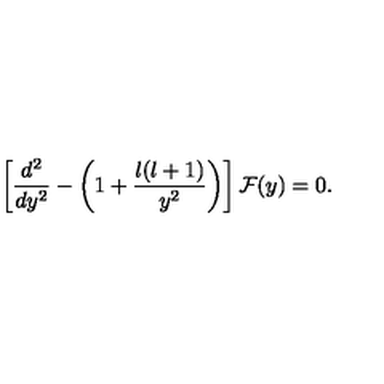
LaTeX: \left[ { \frac { d ^ { 2 } } { d y ^ { 2 } } } - \left( 1 + { \frac { l ( l + 1 ) } { y ^ { 2 } } } \right) \right] { \cal F } ( y ) = 0 .